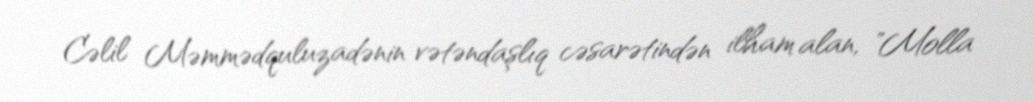
Cəlil Məmmədquluzadənin vətəndaşlıq cəsarətindən ilham alan, "Molla